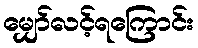
မျှော်လင့်ရကြောင်း